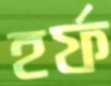
হর্ফ